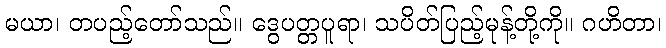
မယာ၊ တပည့်တော်သည်။ ဒွေပတ္တပူရာ၊ သပိတ်ပြည့်မုန့်တို့ကို။ ဂဟိတာ၊